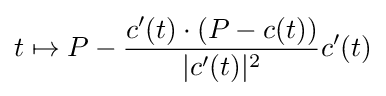
t\mapsto P-{c'(t)\cdot (P-c(t)) \over |c'(t)|^{2}}c'(t)